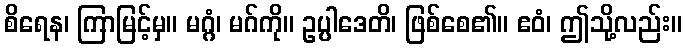
စိရေန၊ ကြာမြင့်မှ။ မဂ္ဂံ၊ မဂ်ကို။ ဥပ္ပါဒေတိ၊ ဖြစ်စေ၏။ ဧဝံ၊ ဤသို့လည်း။